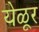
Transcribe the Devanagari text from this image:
येळूर